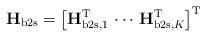
LaTeX: \begin{align*}\mathbf{H}_{\mathrm{b2s}}=\left[\mathbf{H}^\mathrm{T}_{\mathrm{b2s},1} \, \cdots \, \mathbf{H}^\mathrm{T}_{\mathrm{b2s},K} \right]^{\mathrm{T}}\end{align*}